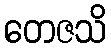
တေဇသိ